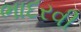
ભાદરવી